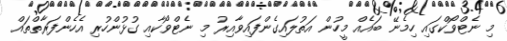
މި ނެޓްވޯކްގައި ހިމެނޭ ބައެއް މީހުން އަތުލައިގެންފައިވާއިރު މި ނެޓްވޯކާއި ގުޅުންހުރި އެހެންފަރާތްތައް